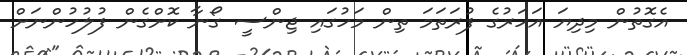
އެގޮތުން މިދިޔަ އަހަރުގެ ފުރަތަމަ ތިން މަހުގައި ޖިންސީ ގޯނާ ކޮށްގެން ފުލުހުންނަށް